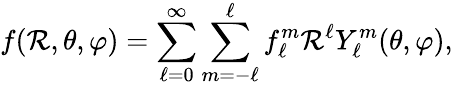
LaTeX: f(\mathcal{R},\theta,\varphi)=\sum_{\ell=0}^{\infty}\sum_{m=-\ell}^{\ell}f_{\ell}^{m}\mathcal{R}^{\ell}Y_{\ell}^{m}(\theta,\varphi),